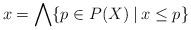
LaTeX: \begin{align*}x=\bigwedge\{p\in P(X)\:|\:x\le p\}\end{align*}